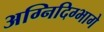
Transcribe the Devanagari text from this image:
अग्निदिग्भागे